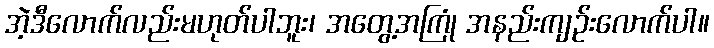
အဲ့ဒီလောက်လည်းမဟုတ်ပါဘူး၊ အတွေ့အကြုံ အနည်းကျဉ်းလောက်ပါ။